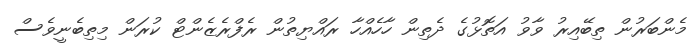
މެންބަރުން ތިބޭއިރު ވާވު އަތޮޅުގެ ދެތިން ހާހެއްހާ ރައްޔިތުން ރެފްރެޒެންޓް ކުރަން މިތިބެނީވެސް